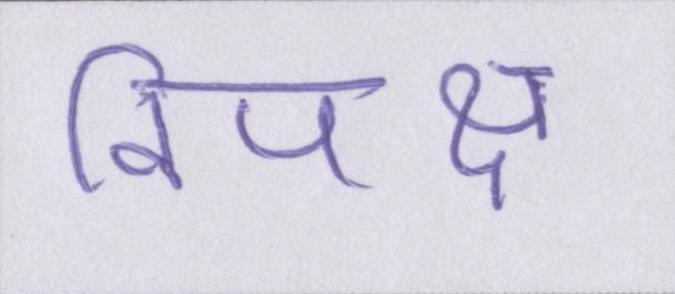
विपक्ष